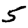
Digit: 5